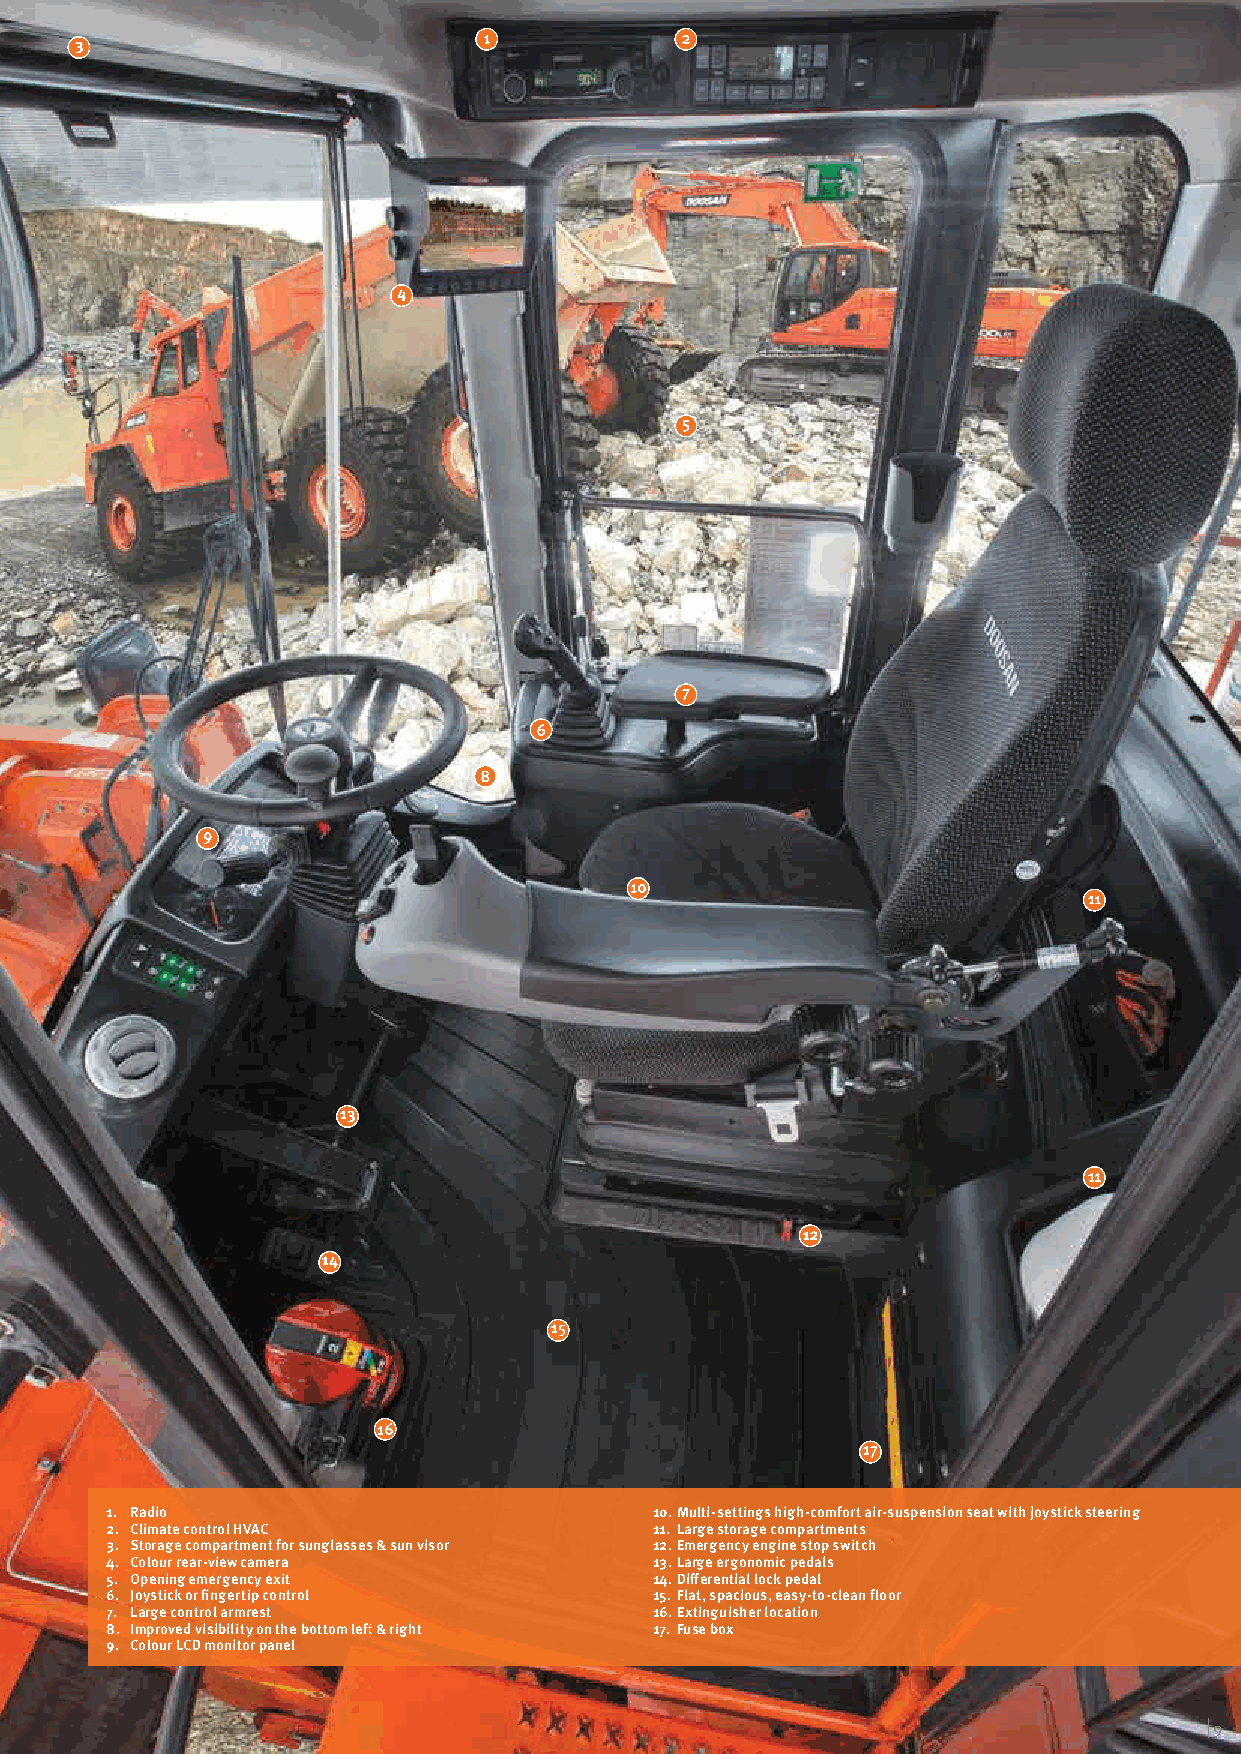
1. Radio                            10. Multi-settings high-comfort air-suspension seat with joystick steering
 2. Climate control HVAC             11. Large storage compartments
 3. Storage compartment for sunglasses & sun visor 12. Emergency engine stop switch
 4. Colour rear-view camera          13. Large ergonomic pedals
 5. Opening emergency exit           14. Differential lock pedal
 6. Joystick or fingertip control    15. Flat, spacious, easy-to-clean floor
 7. Large control armrest            16. Extinguisher location
 8. Improved visibility on the bottom left & right 17. Fuse box
 9. Colour LCD monitor panel
 | 9